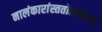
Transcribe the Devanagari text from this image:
नालंकारांस्ततोल्बणान्